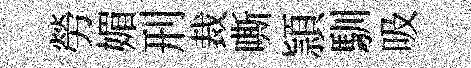
勞媚刑裁嘶頴馴吸